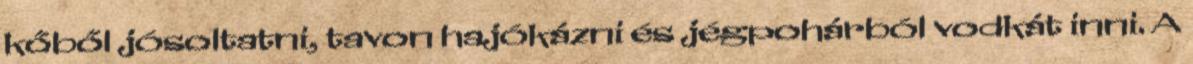
kőből jósoltatni, tavon hajókázni és jégpohárból vodkát inni. A